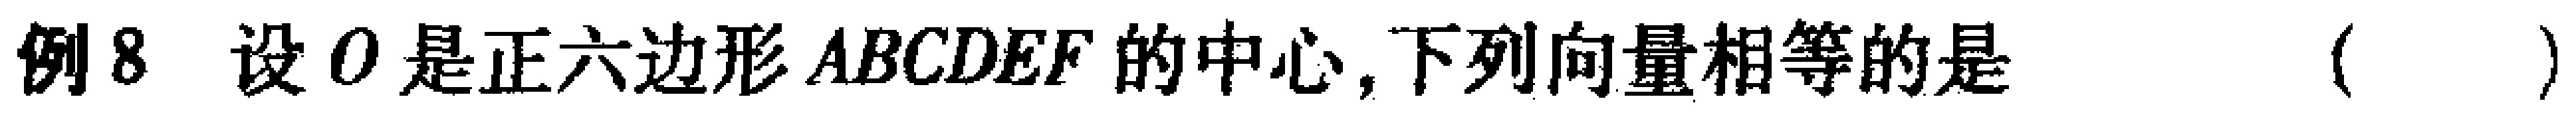
例8 设\(O\)是正六边形\(ABCDEF\)的中心,下列向量相等的是（  ）